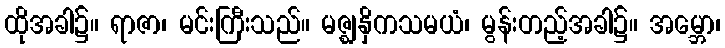
ထိုအခါ၌။ ရာဇာ၊ မင်းကြီးသည်။ မဇ္ဈနှိကသမယံ၊ မွန်းတည့်အခါ၌။ အမ္ဘော၊